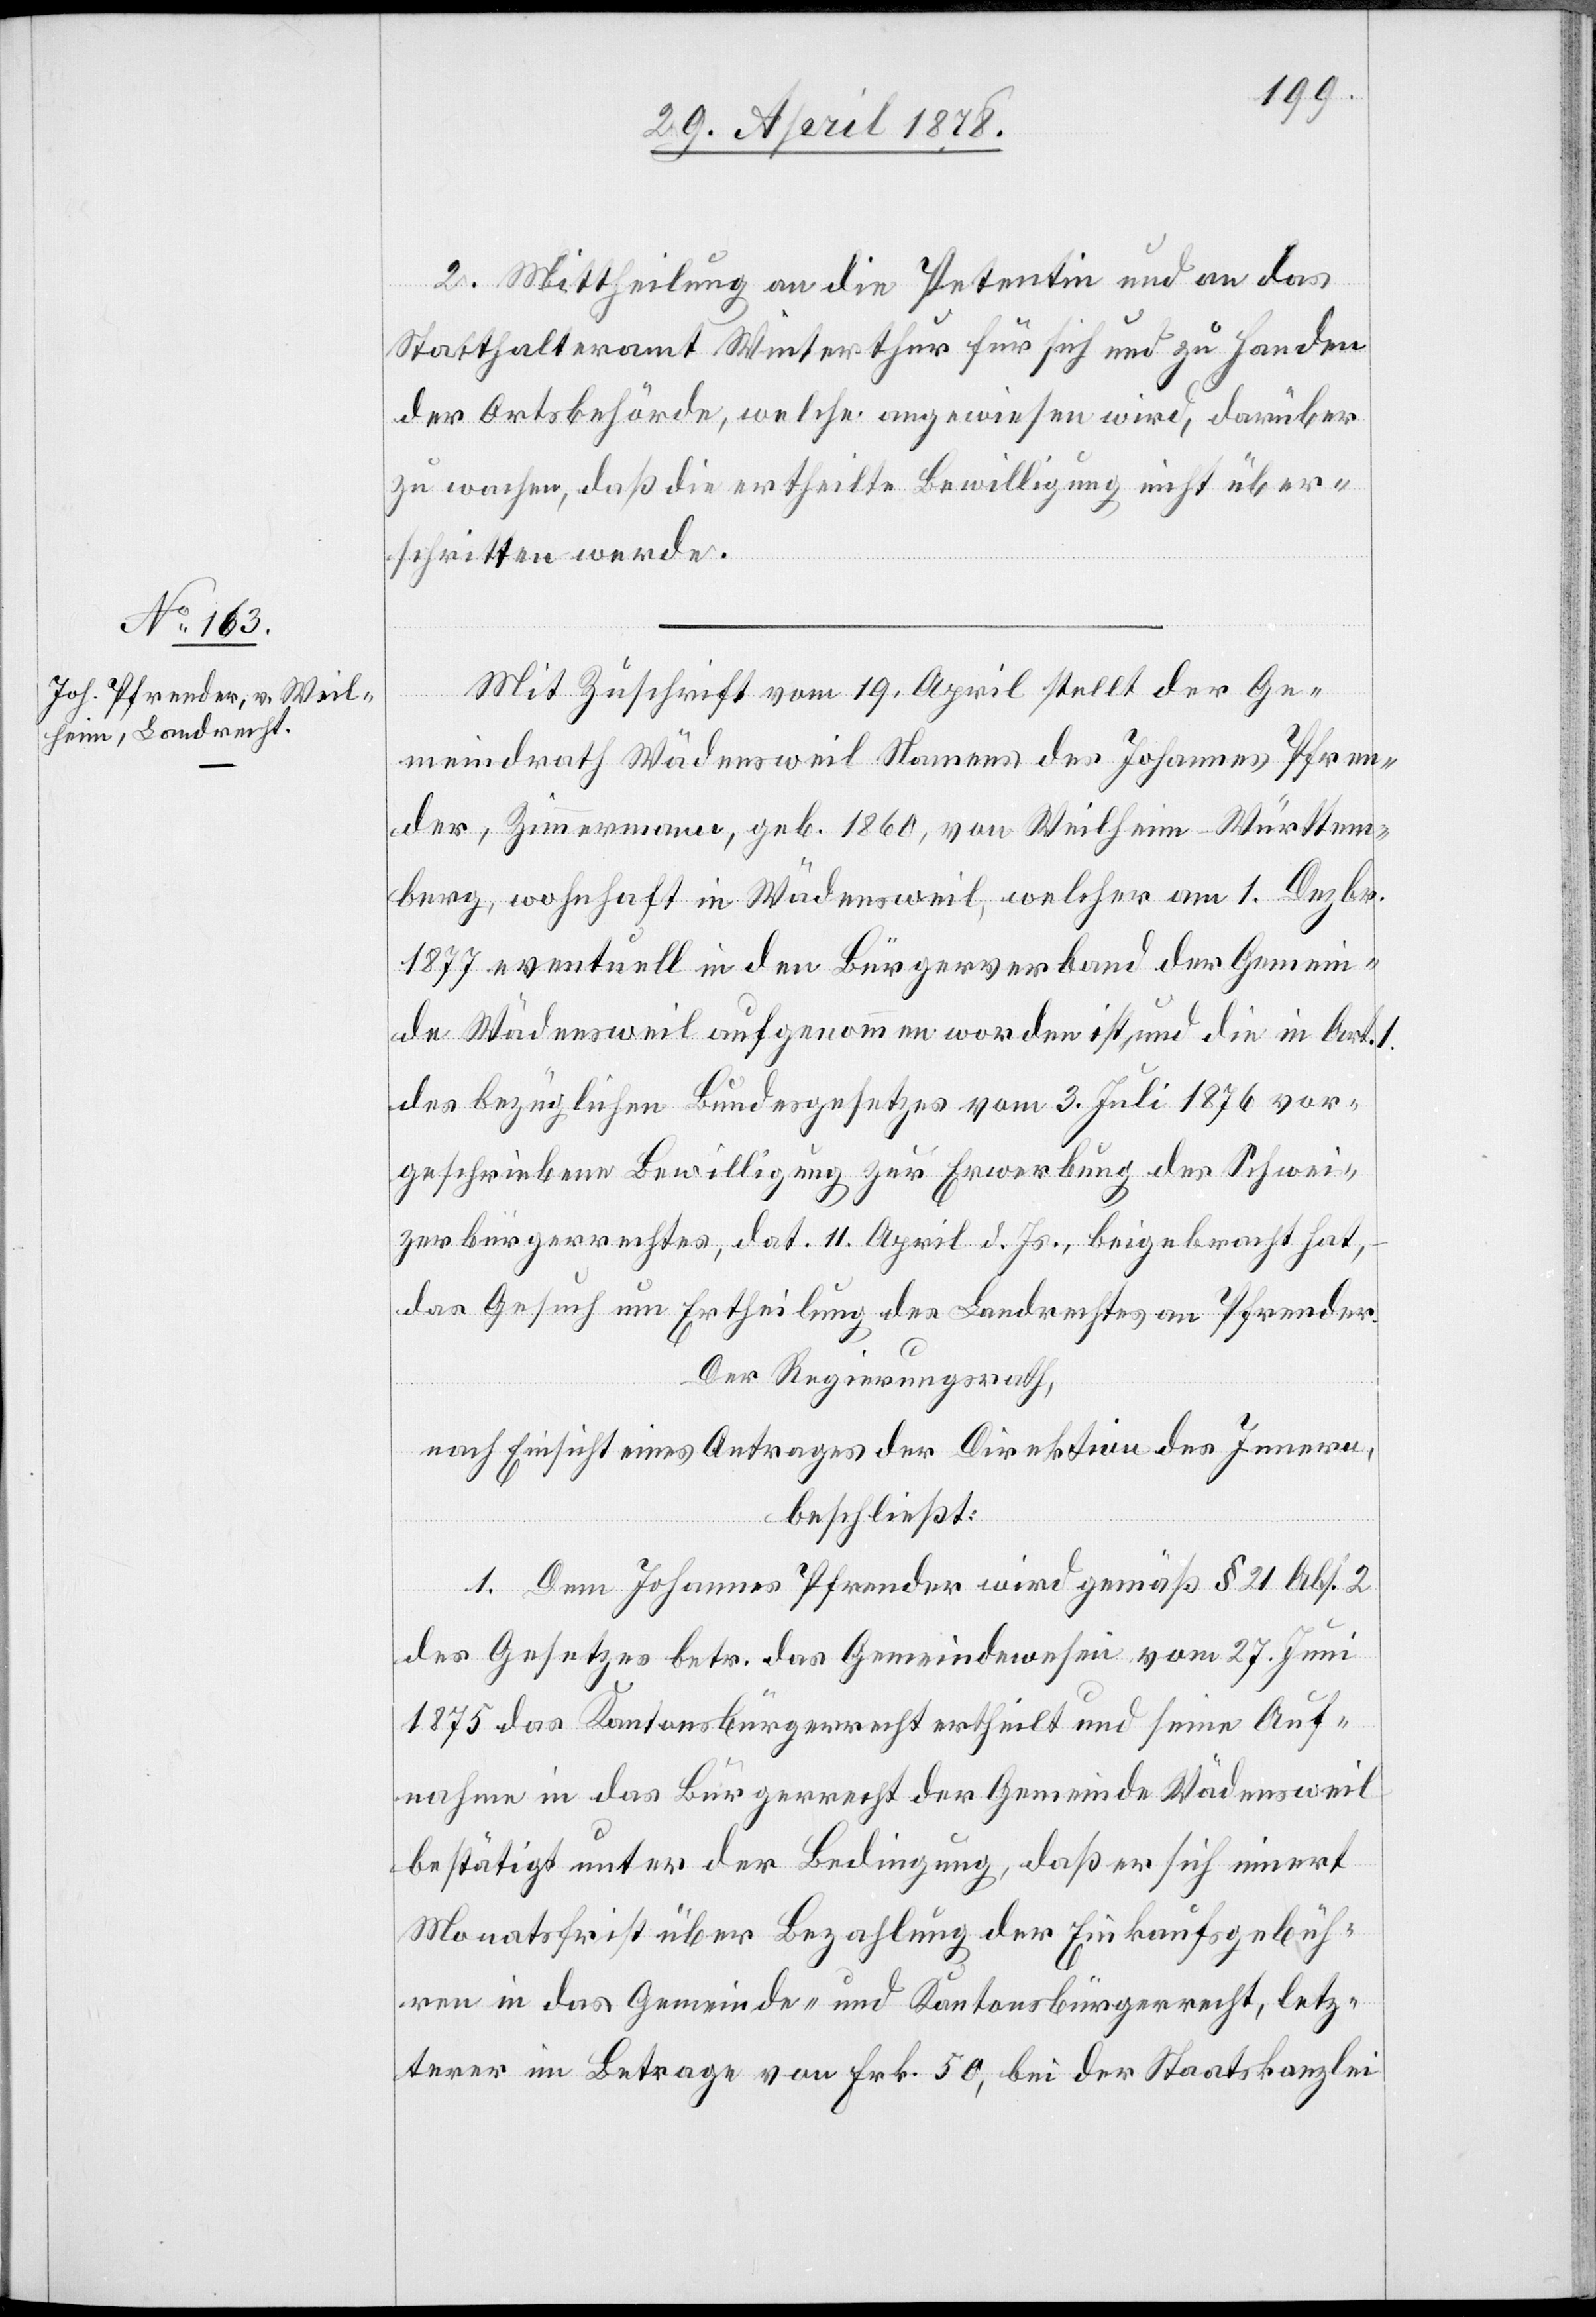
Mit Zuschrift vom 19. April stellt der Ge¬
meindrath Wädensweil namens des Johannes Pfren¬
der, Zimmermann, geb. 1860, von Weilheim - Württem¬
berg, wohnhaft in Wädensweil, welcher am 1. Dezbr.
1877 eventuell in den Bürgerverband der Gemein¬
de Wädensweil aufgenommen worden ist, und die in Art. 1
des bezüglichen Bundesgesetzes vom 3. Juli 1876 vor¬
geschriebene Bewilligung zur Erwerbung des Schwei¬
zerbürgerrechtes, dat. 11. April d. Js., beigebracht hat,
das Gesuch um Ertheilung des Landrechtes an Pfrender.
Der Regierungsrath,
nach Einsicht eines Antrages der Direktion des Innern,
beschließt:
1. Dem Johannes Pfrender wird gemäß § 21 Abs. 2
des Gesetzes betr. das Gemeindewesen vom 27. Juni
1875 das Kantonsbürgerrecht ertheilt und seine Auf¬
nahme in das Bürgerrecht der Gemeinde Wädensweil
bestätigt unter der Bedingung, daß er sich innert
Monatsfrist über Bezahlung der Einkaufsgebüh¬
ren in das Gemeinde- und Kantonsbürgerrecht, letz¬
terer im Betrage von Frk. 50, bei der Staatskanzlei